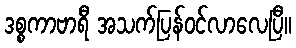
ဒစ္စကာဗာရီ အသက်ပြန်ဝင်လာလေပြီ။